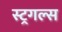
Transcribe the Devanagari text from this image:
स्ट्रगल्स